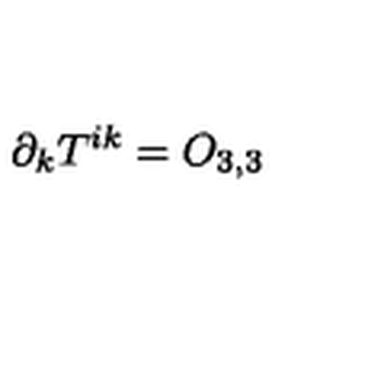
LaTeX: \partial _ { k } T ^ { i k } = O _ { 3 , 3 }